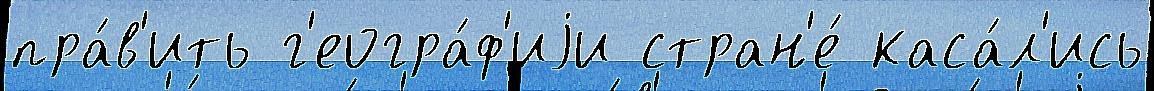
пра́в'ить г'еогра́ф'иjи стран'е́ каса́л'ись